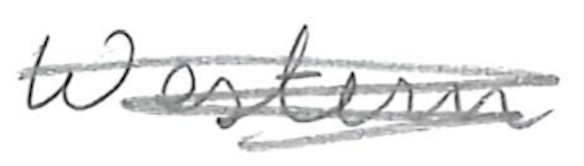
Text: Western
Cross-out: scratch
Writing tool: pencil